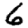
Digit: 6